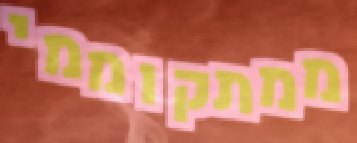
ממתקוממי